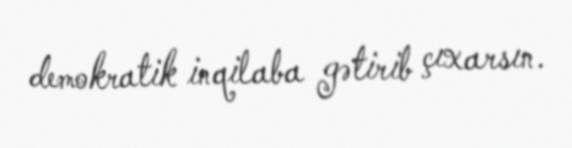
demokratik inqilaba gətirib çıxarsın.